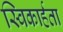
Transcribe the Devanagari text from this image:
स्विकार्हता